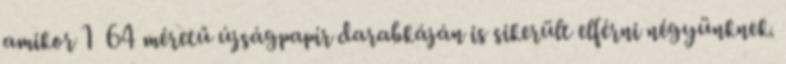
amikor 1 64 méretű újságpapír darabkáján is sikerült elférni négyünknek.